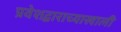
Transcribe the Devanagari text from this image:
प्रवेशद्वाराच्याखाली